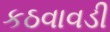
કઠવાવડી